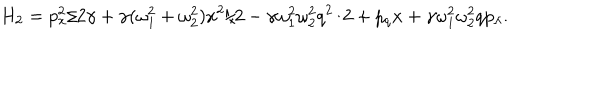
LaTeX: H _ { 2 } = p _ { x } ^ { 2 } / 2 \gamma + \gamma ( \omega _ { 1 } ^ { 2 } + \omega _ { 2 } ^ { 2 } ) x ^ { 2 } / 2 - \gamma \omega _ { 1 } ^ { 2 } \omega _ { 2 } ^ { 2 } q ^ { 2 } / 2 + p _ { q } x + \gamma \omega _ { 1 } ^ { 2 } \omega _ { 2 } ^ { 2 } q p _ { \lambda } .